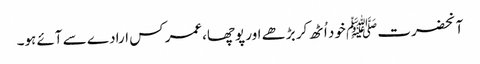
آنحضرت ﷺ خود اُٹھ کر بڑھے اور پوچھا،عمر کس ارادے سے آئے ہو۔